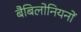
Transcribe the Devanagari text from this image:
बैबिलोनियनों